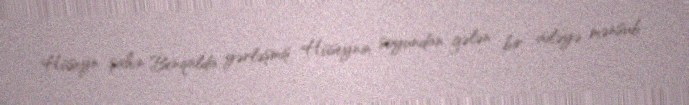
Hüseyn şahın Benqalda yərləşmiş Hüseynin soyundan gələn bir ailəyə mənsub